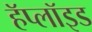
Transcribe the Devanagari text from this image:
हॅप्लॉइड